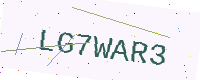
Text: LG7WAR3